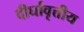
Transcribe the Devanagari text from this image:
दीर्घावृत्तीय